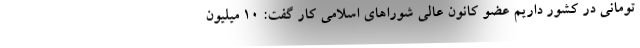
تومانی در کشور داریم عضو کانون عالی شوراهای اسلامی کار گفت: ۱۰ میلیون